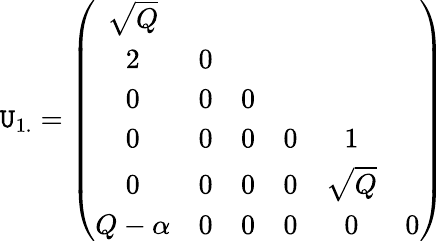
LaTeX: \mathtt{U}_{1.}=\left(\begin{array}{ccccccc}{{\sqrt{Q}}}\\ {{2}}&{{0}}\\ {{0}}&{{0}}&{{0}}\\ {{0}}&{{0}}&{{0}}&{{0}}&{{1}}\\ {{0}}&{{0}}&{{0}}&{{0}}&{{\sqrt{Q}}}\\ {{Q-\alpha}}&{{0}}&{{0}}&{{0}}&{{0}}&{{0}}\end{array}\right)